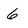
Character: 6